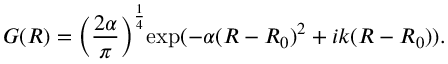
G ( R ) = \bigg ( \frac { 2 \alpha } { \pi } \bigg ) ^ { \frac { 1 } { 4 } } \mathrm { e x p } ( - \alpha ( R - R _ { 0 } ) ^ { 2 } + i k ( R - R _ { 0 } ) ) .